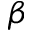
\beta